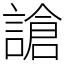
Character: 謒